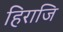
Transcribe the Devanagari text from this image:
हिराजि